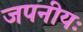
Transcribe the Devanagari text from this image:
जपनीयः